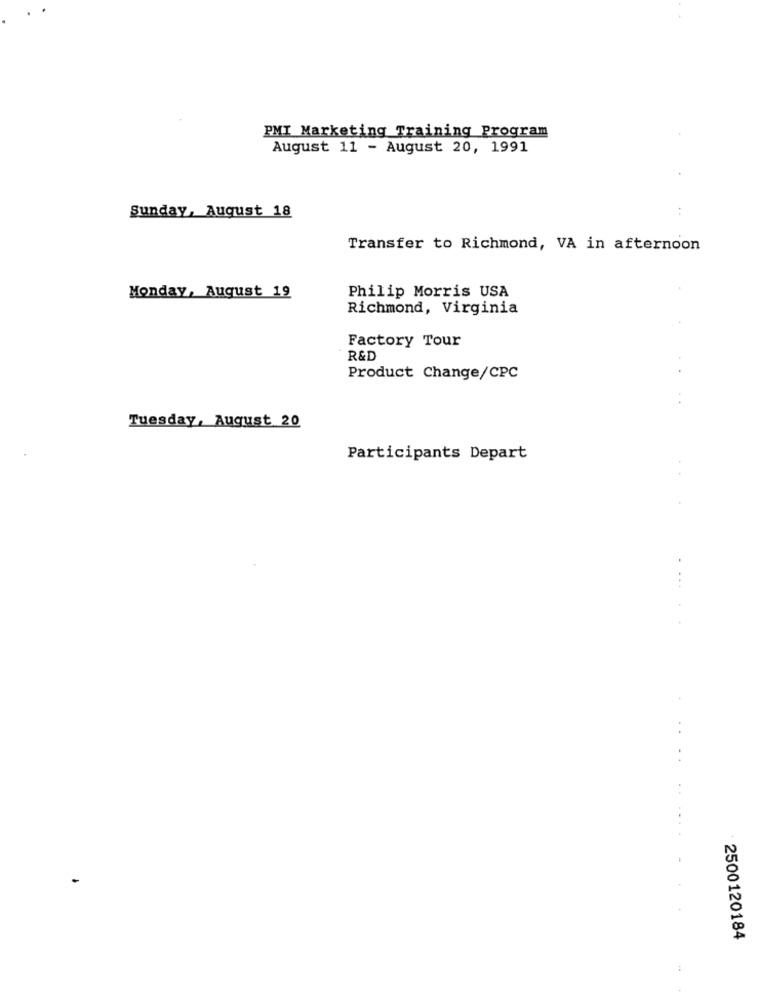
PMI Marketing Training Program
August 11 - August 20, 1991
Sunday, August 18
Transfer to Richmond, VA in afternoon
Monday, August 19
Philip Morris USA
Richmond, Virginia
Factory Tour
R&D
Product Change/CPC
Tuesday, August 20
Participants Depart
2500120184